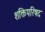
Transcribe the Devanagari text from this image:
शक्तिपरिषद